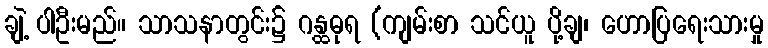
ချဲ့ ပါဦးမည်။ သာသနာတွင်း၌ ဂန္ထဓုရ (ကျမ်းစာ သင်ယူ ပို့ချ၊ ဟောပြရေးသားမှု